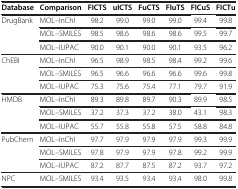
<table><thead><tr><td><b>Database</b></td><td><b>Comparison</b></td><td><b>FICTS</b></td><td><b>uICTS</b></td><td><b>FuCTS</b></td><td><b>FIuTS</b></td><td><b>FICuS</b></td><td><b>FICTu</b></td></tr></thead><tbody><tr><td rowspan="3">DrugBank</td><td>MOL–InChI</td><td>98.2</td><td>99.0</td><td>99.0</td><td>99.0</td><td>99.4</td><td>99.8</td></tr><tr><td>MOL–SMILES</td><td>98.5</td><td>98.6</td><td>98.6</td><td>98.6</td><td>99.5</td><td>99.7</td></tr><tr><td>MOL–IUPAC</td><td>90.0</td><td>90.1</td><td>90.0</td><td>90.1</td><td>93.5</td><td>96.2</td></tr><tr><td rowspan="3">ChEBI</td><td>MOL–InChI</td><td>96.5</td><td>98.9</td><td>98.5</td><td>98.4</td><td>99.2</td><td>99.6</td></tr><tr><td>MOL–SMILES</td><td>96.5</td><td>96.6</td><td>96.6</td><td>96.6</td><td>99.6</td><td>99.8</td></tr><tr><td>MOL–IUPAC</td><td>75.3</td><td>75.6</td><td>75.4</td><td>77.1</td><td>79.7</td><td>91.9</td></tr><tr><td rowspan="3">HMDB</td><td>MOL–InChI</td><td>89.3</td><td>89.8</td><td>89.7</td><td>90.3</td><td>89.9</td><td>98.5</td></tr><tr><td>MOL–SMILES</td><td>37.2</td><td>37.3</td><td>37.2</td><td>38.0</td><td>43.1</td><td>98.3</td></tr><tr><td>MOL–IUPAC</td><td>55.7</td><td>55.8</td><td>55.8</td><td>57.5</td><td>58.8</td><td>84.8</td></tr><tr><td rowspan="3">PubChem</td><td>MOL–InChI</td><td>97.7</td><td>97.9</td><td>97.9</td><td>97.9</td><td>99.3</td><td>99.9</td></tr><tr><td>MOL–SMILES</td><td>97.8</td><td>97.9</td><td>97.9</td><td>97.8</td><td>99.2</td><td>99.9</td></tr><tr><td>MOL–IUPAC</td><td>87.2</td><td>87.7</td><td>87.5</td><td>87.2</td><td>93.7</td><td>97.2</td></tr><tr><td>NPC</td><td>MOL–SMILES</td><td>93.4</td><td>93.5</td><td>93.4</td><td>93.4</td><td>98.0</td><td>99.8</td></tr></tbody></table>